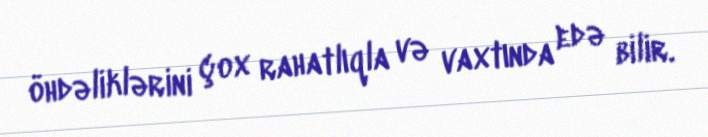
öhdəliklərini çox rahatlıqla və vaxtında edə bilir.